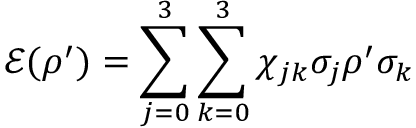
\mathcal { E } ( \rho ^ { \prime } ) = \sum _ { j = 0 } ^ { 3 } \sum _ { k = 0 } ^ { 3 } \chi _ { j k } \sigma _ { j } \rho ^ { \prime } \sigma _ { k }